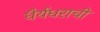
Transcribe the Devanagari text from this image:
धैर्यधराची